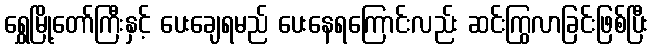
ရွှေမြို့တော်ကြီးနှင့် ပေးချေရမည် ပေးနေရကြောင်းလည်း ဆင်းကြွလာခြင်းဖြစ်ပြီး